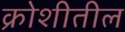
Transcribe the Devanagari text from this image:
क्रोशीतील